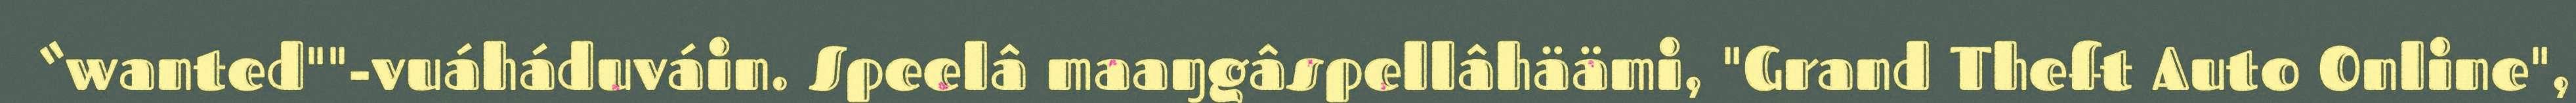
“wanted""-vuáháduváin. Speelâ maaŋgâspellâhäämi, "Grand Theft Auto Online",